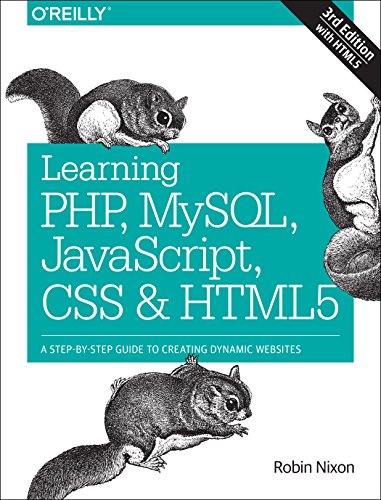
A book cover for Learning PHP, MySQL, JavaScript, CSS & HTML5: A Step-by-Step Guide to Creating Dynamic Websites; Robin Nixon; Computers & Technology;